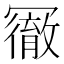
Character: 𠖢